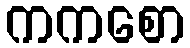
ကကစော